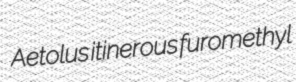
Aetolus itinerous furomethyl